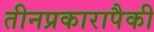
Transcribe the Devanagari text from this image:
तीनप्रकारापैकी